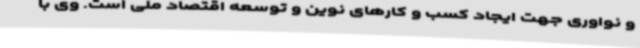
و نواوری جهت ایجاد کسب و کارهای نوین و توسعه اقتصاد ملی است. وی با